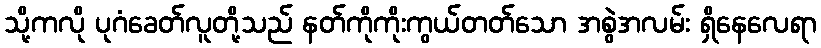
သို့ကလို ပုဂံခေတ်လူတို့သည် နတ်ကိုကိုးကွယ်တတ်သော အစွဲအလမ်း ရှိနေလေရာ